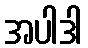
အပါဒါ